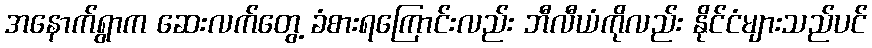
အနောက်ရွာက ဆေးလက်တွေ့ ခံစားရကြောင်းလည်း ဘီလီယံကိုလည်း နိုင်ငံများသည်ပင်